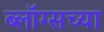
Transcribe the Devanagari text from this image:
ब्लॉग्सच्या